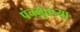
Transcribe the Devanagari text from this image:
पंचभूतच्या